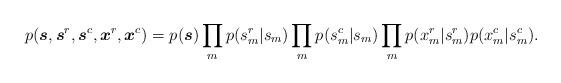
LaTeX: \begin{align*}p(\boldsymbol{s},\boldsymbol{s}^{r},\boldsymbol{s}^{c},\boldsymbol{x}^{r},\boldsymbol{x}^{c})=p(\boldsymbol{s})\prod_{m}\mathop{p(s_{m}^{r}|s_{m})}\prod_{m}\mathop{p(s_{m}^{c}|s_{m})}\prod_{m}p(x_{m}^{r}|s_{m}^{r})p(x_{m}^{c}|s_{m}^{c}).\end{align*}